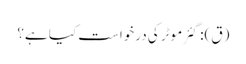
(ق): گئر موٹر کی درخواست کیا ہے؟